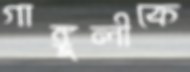
গাঙ্গুলীকে